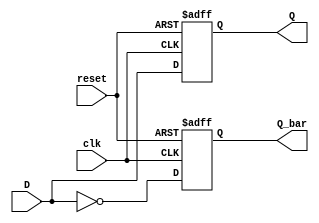
module d_flip_flop (
    input clk,
    input reset,
    input D,
    output reg Q,
    output reg Q_bar
);

always @(posedge clk or posedge reset) begin
    if (reset) begin
        Q <= 1'b0;
        Q_bar <= 1'b1;
    end else begin
        Q <= D;
        Q_bar <= ~D;
    end
end

endmodule